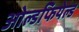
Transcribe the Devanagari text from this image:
ओल्डफियेल्ड